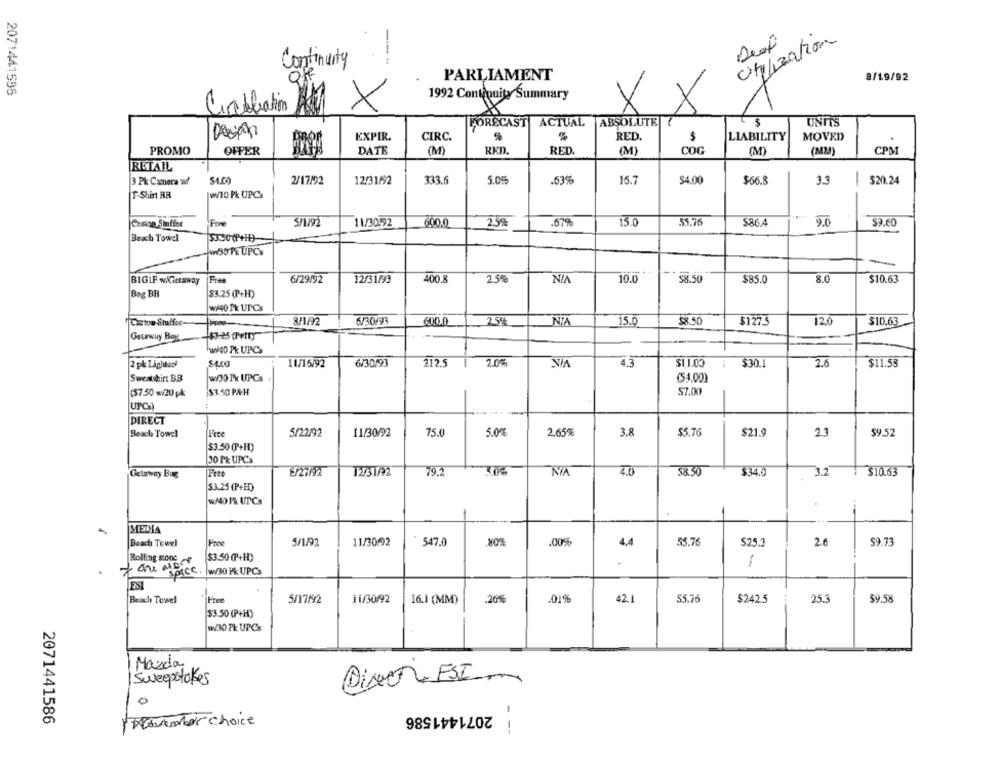
-
citation
Continuity
PARLIAMENT
8/1.9/92
2071441585
1992 Continuity Summary
Cableation
X
ABSOLUTE
UNIT'S
FORECAST
ACTUAL
EXPIR.
CIRC.
RED.
LIABILITY
MOVED
PROMO
OFFER
DATE
(M)
RED.
RED.
(M)
COG
(M)
(M2)
CPS
RETAIL
3 Pk Camera w/
2/17/92
12/31/92
333.6
5.05
.63%
15.7
$4.00
$66.8
3.3
! $20.24
T-Shirt BB
w/10 Pk UPC:
15.0
$9.60
Frne
5/1/92
11/30/92
600.0
2.5%
.679
55.76
$86.4
9.0
Beach Towel
-WWWSO PE UPC'S
---. .
BIGIF w/Getaway
Frea
6/29/92
12/31/93
400.8
2.5%
10.0
58.50
$85.0
8.0
$10.63
Bag BR
$3.25 (P+H)
w/40 1k UPCs
8/1/92
6/30/93
2.5%
NA
15.0
$8 50
Ctou Stuffor-
$127.5
12.0
$10.63
Getaway Bay
w4D PK UPCs
2 pk Lighters
11/16/92
6/30,91
212.5
2.0%
4.3
$1 1.00
$30.1
2.6
$11.53
Sweatshirt BB
w30 Pk UPCs .
(54.00)
(57.50 w/20 pk
$3.50 PAH
$7.00
UPC
DIRECT
Beach Towel
5/22/92
11/30/92
75.0
5.0%
2.65%
3.8
$5.76
$21.9
2.3
$9.52
$3.50 (P+H)
30 Pk UPCs
Getaway Bug
Free
8/27/92
1275192
79.2
4.0
58.50
$34.0
3.2
$10.63
$3.25 (P+H)
w/40 PK UTCs
MEDIA
Beach Towel
5/1/92
11/3092
547.0
.00%
55.76
S25.3
2.6
$9.73
4,4
Rolling stone
$3.50 (P+H)
-
SPICC.
w/30 P& UPCs
Beach Towel
Free
5/17/92
11/30/92
16.1 (MM)
20%
01%
42.1
55.76
$242.5
25.3
$9.58
$3.50 (P+H)
w/30 Pk UPCs
Mazda
Sweepstakes
O
2071441586
2071441586
DerAmbar choice
- =-